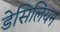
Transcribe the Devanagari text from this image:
डेसिलियन